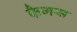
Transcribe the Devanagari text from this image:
फैगस